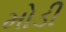
મોડી